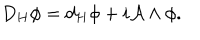
LaTeX: D _ { H } \phi = d _ { H } \phi + i { \mathcal A } \wedge \phi .